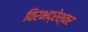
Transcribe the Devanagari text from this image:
विरभद्रेश्वर